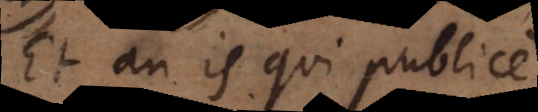
Et an is qui publice